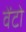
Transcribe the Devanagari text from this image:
वेंटो